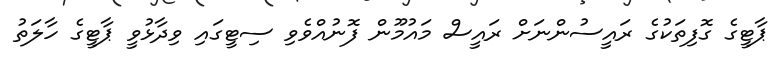
ޕާޓީގެ ގޮފިތަކުގެ ރައީސުންނަށް ރައީސް މައުމޫން ފޮނުއްވެވި ސިޓީގައި ވިދާޅުވީ ޕާޓީގެ ހާލަތު